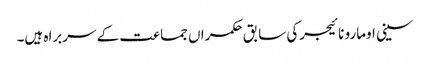
سینی اومارو نائیجرکی سابق حکمراں جماعت کے سربراہ ہیں۔